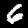
Label: 6